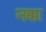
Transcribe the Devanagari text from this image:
नक्का